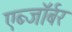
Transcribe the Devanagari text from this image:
एब्जॉर्बर